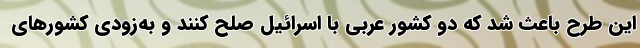
این طرح باعث شد که دو کشور عربی با اسرائیل صلح کنند و به‌زودی کشورهای